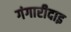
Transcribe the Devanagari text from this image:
गंगारीदाइ